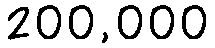
200,000